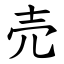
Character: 売